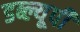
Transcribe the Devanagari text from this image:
डब्ल्यूपी